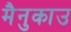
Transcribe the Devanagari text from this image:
मैनुकाउ